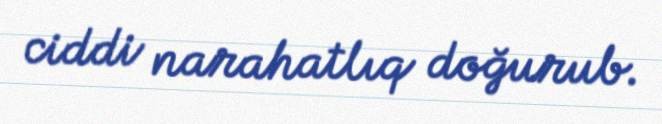
ciddi narahatlıq doğurub.